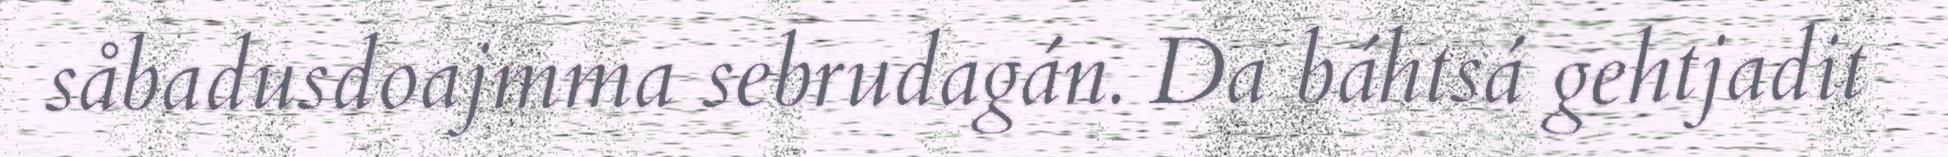
såbadusdoajmma sebrudagán. Da báhtsá gehtjadit